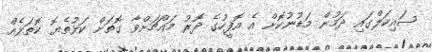
ސައިކަލްގައި ދަމުން މަޑުނުކޮށް އެ އޮފީހުގެ ދޮރު މައްޗަށްވާ ގޮތަށް ކަޅުތެޔޮ ކޮތަޅެއް